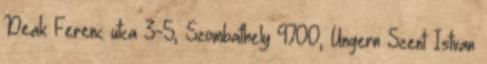
Deak Ferenc utca 3-5, Szombathely 9700, Ungern Szent Istvan